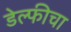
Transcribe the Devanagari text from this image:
डेल्फीचा